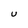
Character: U